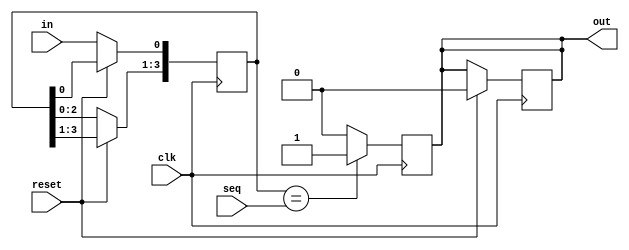
module pat (
	input in,clk,
	input [3:0]seq,
	input reset,
	output reg out
	);

reg [3:0]temp;

always @(posedge clk)
if(reset)
out<=0;
else
begin
temp = temp << 1;
temp[0] = in;
end

always @(posedge clk)
out = (temp == seq) ? 1 : 0;

endmodule